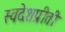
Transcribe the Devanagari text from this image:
स्वदेशप्रीती